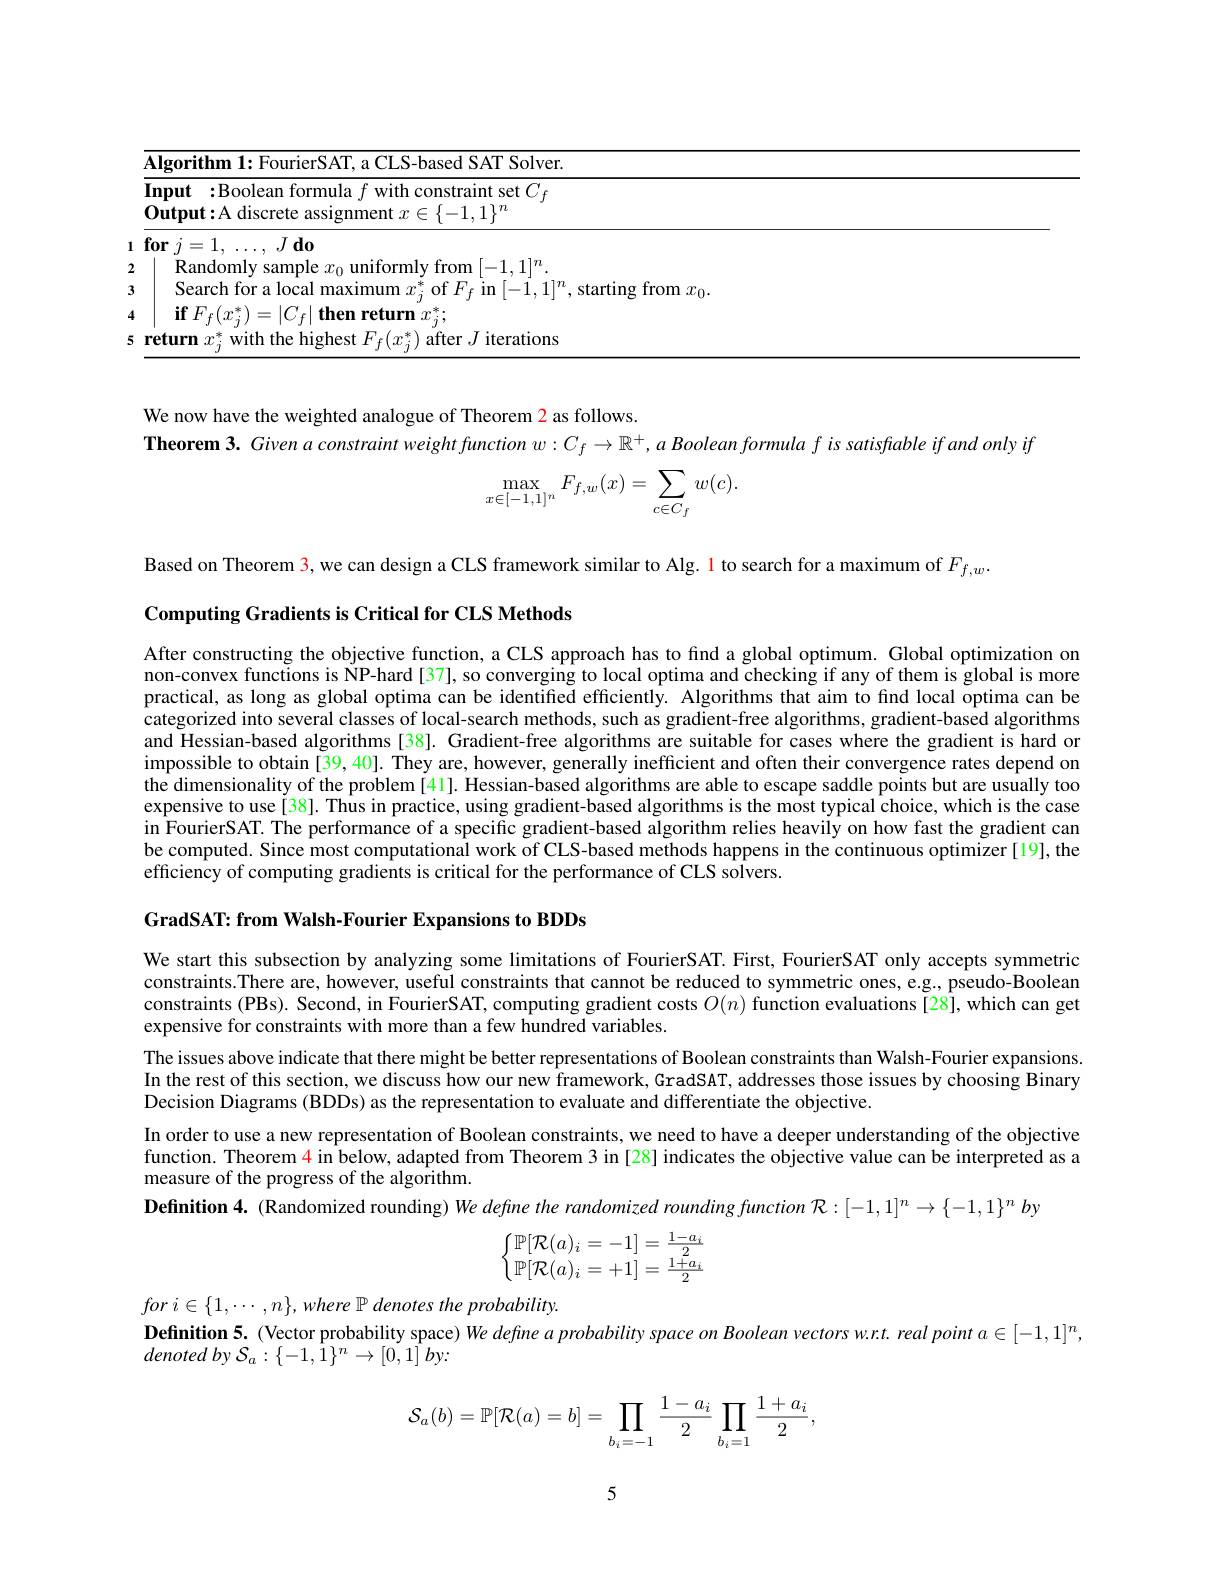
<table>
	<tbody>
		<tr>
			<td>$\overline{\mathbf{A}}$ 1</td>
			<td>$\mathbf{Algorithm1:}$ CLS- based SAT Solver. </td>
			<td>${\overline{{\text{a CLS-based SAT Solver.}}}}$</td>
		</tr>
		<tr>
			<td>$\mathbf{In}$ 0</td>
			<td>Input :Boolean formula $f$ with constraint set $C_f$ $\mathbf{Output:A~discrete~assignment~}x\in\{-1,1\}^{n}$</td>
			<td>${\overline{f\text{ with constraint set }C_{f}}}$ ${\mathrm{ment~}x\in\{-1,1\}^{n}}$</td>
		</tr>
	</tbody>
</table>

We now have the weighted analogue of Theorem 2 as follows.
Theorem 3. Given a constraint weight function w: $C_f\to \mathbb{R} ^+ , \textit{a Boolean formula f is satisfable if and only iff}$
$$\max_{x\in[-1,1]^n}F_{f,w}(x)=\sum_{c\in C_f}w(c).$$
Based on Theorem $\color{red}{3,\text{we can design a CLS framework similar to Alg. 1 to search for a maximum of }F_{f,w}}$
Computing Gradients is Critical for CLS Methods

After constructing the objective function, a CLS approach has to find a global optimum. Global optimization on non-convex functions is NP-hard[37], so converging to local optima and checking if any of them is global is more practical, as long as global optima can be identified efficiently. Algorithms that aim to find local optima can be categorized into several classes of local-search methods, such as gradient-free algorithms, gradient-based algorithms and Hessian-based algorithms[38]. Gradient-free algorithms are suitable for cases where the gradient is hard or impossible to obtain [39, 40]. They are, however, generally inefficient and often their convergence rates depend on the dimensionality of the problem[41]. Hessian-based algorithms are able to escape saddle points but are usually too expensive to use[38]. Thus in practice, using gradient-based algorithms is the most typical choice, which is the case in FourierSAT. The performance of a specific gradient-based algorithm relies heavily on how fast the gradient can be computed. Since most computational work of CLS-based methods happens in the continuous optimizer [19], the efficiency of computing gradients is critical for the performance of CLS solvers.

GradSAT: from Walsh-Fourier Expansions to BDDs

We start this subsection by analyzing some limitations of FourierSAT. First, FourierSAT only accepts symmetric constraints.There are, however, useful constraints that cannot be reduced to symmetric ones, e.g., pseudo-Boolean constraints (PBs). Second, in FourierSAT, computing gradient costs $O(n)$ function evaluations[28], which can get expensive for constraints with more than a few hundred variables.
The issues above indicate that there might be better representations of Boolean constraints than Walsh-Fourier expansions In the rest of this section, we discuss how our new framework, GradSAT, addresses those issues by choosing Binary Decision Diagrams (BDDs) as the representation to evaluate and differentiate the objective.
In order to use a new representation of Boolean constraints, we need to have a deeper understanding of the objective function. Theorem $\color{red}{4}$ in below, adapted from Theorem 3 in[28]indicates the objective value can be interpreted as a measure of the progress of the algorithm.
Definition 4. (Randomized rounding) We define the randomized rounding function $\mathcal{R}:[-1,1]^n\to\{-1,1\}^nby$
$$\left\{\begin{matrix}\mathbb P[\mathcal R(a)_i=-1]=\frac{1-a_i}{2}\\\mathbb P[\mathcal R(a)_i=+1]=\frac{1+a_i}{2}\end{matrix}\right.$$
for $i\in \{ 1, \cdots , n\} , where$ $\mathbb{P}$ denotes the $probability.$
Definition 5. (Vector probability space) We define a probability space on Boolean vectors w.r.t. real point $a\in[-1,1]^n$,
denoted $by$ $\mathcal{S} _{a}: \{ - 1, \hat{1} \} ^{n}\to [ 0, 1]$ $by:$
$$\mathcal{S}_a(b)=\mathbb{P}[\mathcal{R}(a)=b]=\prod_{b_i=-1}\frac{1-a_i}{2}\prod_{b_i=1}\frac{1+a_i}{2},$$
5